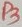
Text: P3